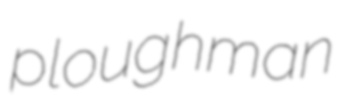
ploughman